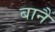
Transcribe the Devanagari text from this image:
बानैं